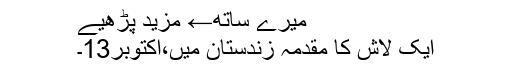
میرے ساتھ← مزید پڑھیے
ایک لاش کا مقدمہ زندستان میں،اکتوبر13۔